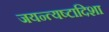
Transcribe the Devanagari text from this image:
जयन्त्यष्टादिशा